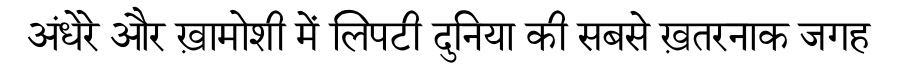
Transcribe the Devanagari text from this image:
अंधेरे और ख़ामोशी में लिपटी दुनिया की सबसे ख़तरनाक जगह